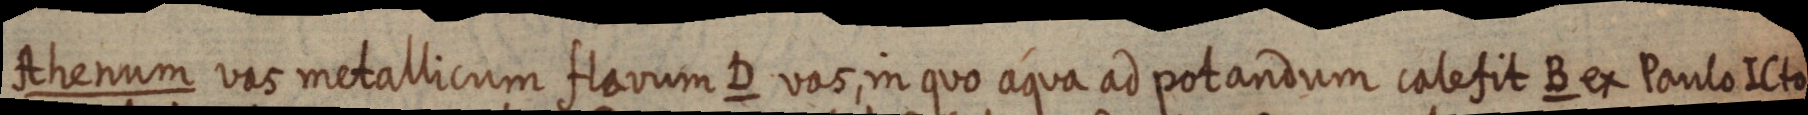
Ahenum vas metallicum Havum D vas, in quo aqua ad potandum calefit B ex Paulo ICto